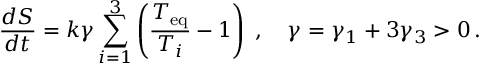
\frac { d S } { d t } = k \gamma \sum _ { i = 1 } ^ { 3 } \left( \frac { T _ { \mathrm { e q } } } { T _ { i } } - 1 \right) \; , \quad \gamma = \gamma _ { 1 } + 3 \gamma _ { 3 } > 0 \, .